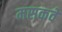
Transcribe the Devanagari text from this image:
मसकवे